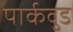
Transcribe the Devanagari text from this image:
पार्कवुड